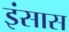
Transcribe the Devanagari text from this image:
इंसास